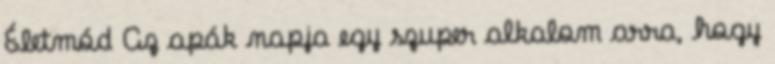
Életmód Az apák napja egy szuper alkalom arra, hogy